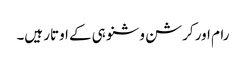
رام اور کرشن وشنو ہی کے اوتار ہیں۔